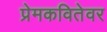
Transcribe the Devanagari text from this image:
प्रेमकवितेवर